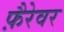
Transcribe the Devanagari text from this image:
फ़ैरेवर